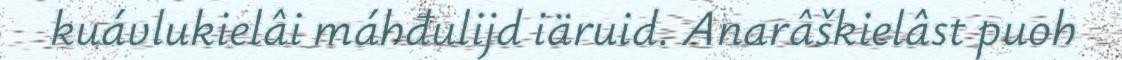
kuávlukielâi máhđulijd iäruid. Anarâškielâst puoh